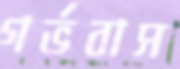
গর্ভবাস